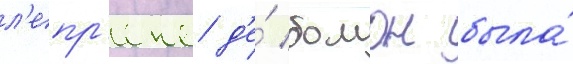
л'епр'енс д'е́ бомон была́